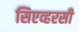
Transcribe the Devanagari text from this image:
सिएव्हरसी